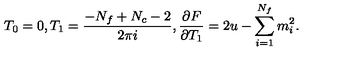
T _ { 0 } = 0 , T _ { 1 } = \frac { - N _ { f } + N _ { c } - 2 } { 2 \pi i } , \frac { \partial F } { \partial T _ { 1 } } = 2 u - \sum _ { i = 1 } ^ { N _ { f } } m _ { i } ^ { 2 } .